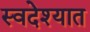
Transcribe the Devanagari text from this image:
स्वदेश्यात